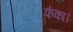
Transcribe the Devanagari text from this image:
फंका।